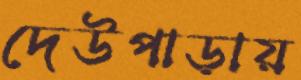
দেউপাড়ায়